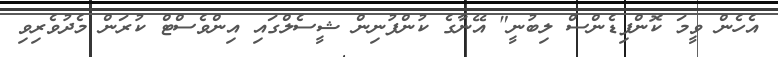
އެހެން ވީމަ ކޮންފިޑެންސް ލިބުނީ" އޭނާގެ ކުންފުނިން ޝީސެލްގައި އިންވެސްޓް ކުރަން މެދުވެރިވި